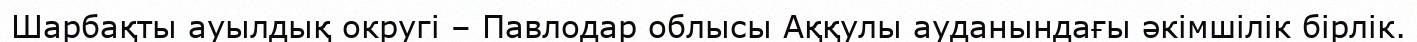
Шарбақты ауылдық округі – Павлодар облысы Аққулы ауданындағы әкімшілік бірлік.